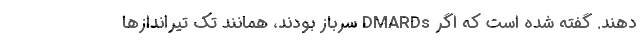
دهند. گفته شده است که اگر DMARDs سرباز بودند، همانند تک تیراندازها